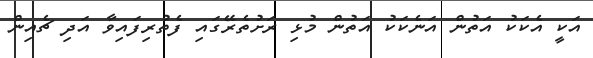
އަކީ އެކަކު އަތުން އަނެކަކު އަތުން މުޅި ރަށުތެރޭގައި ފެތުރިފައިވާ އަދި ޗެއިން